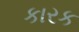
કારક